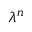
\lambda ^ { n }